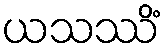
ယသဿိံ